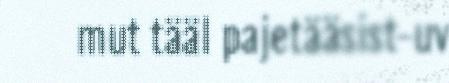
mut tääl pajetääsist-uv